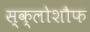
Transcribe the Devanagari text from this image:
स्क्लोशौफ